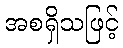
အစရှိသဖြင့်